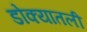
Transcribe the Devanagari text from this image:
डोक्यातली